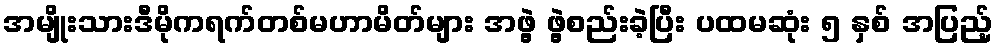
အမျိုးသားဒီမိုကရက်တစ်မဟာမိတ်များ အဖွဲ့ ဖွဲ့စည်းခဲ့ပြီး ပထမဆုံး ၅ နှစ် အပြည့်